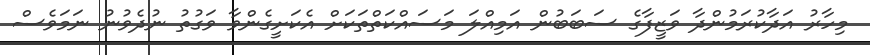
މިހާރު އަދާކުރަމުންދާ ވަޒީފާގެ ސަބަބުން އަމިއްލަ މަސައްކަތްތަކަށް އެކަށީގެންވާ ވަގުތު ނުދެވުނު ނަމަވެސް